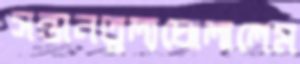
সন্তানতুল্যঘোলালেম